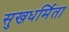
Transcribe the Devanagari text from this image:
सुखधर्मिता